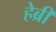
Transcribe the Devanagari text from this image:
हेब्री